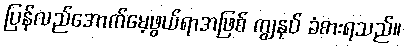
ပြန်လည်အောက်မေ့ဖွယ်ရာအဖြစ် ကျွနုပ် ခံစားရသည်။